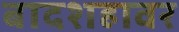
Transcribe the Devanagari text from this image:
बादशहावर